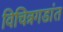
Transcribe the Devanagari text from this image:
विचित्रगडांत